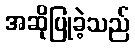
အဆိုပြုခဲ့သည်